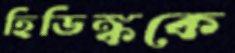
হিডিঙ্ককে